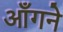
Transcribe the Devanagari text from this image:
आँगने